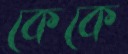
কেকে